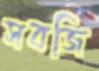
সবজি